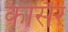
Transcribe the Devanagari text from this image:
कोर्सैर